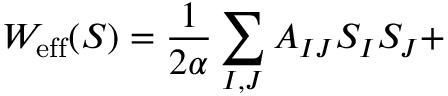
W _ { \mathrm { { e f f } } } ( S ) = \frac { 1 } { 2 \alpha } \sum _ { I , J } A _ { I J } S _ { I } S _ { J } +